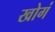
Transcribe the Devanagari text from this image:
खोगं